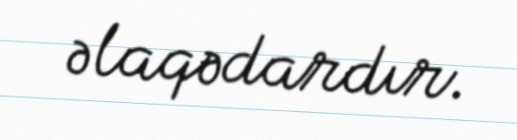
əlaqədardır.